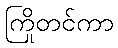
ကြိုတင်ကာ